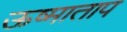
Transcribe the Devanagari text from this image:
ऊष्माताप